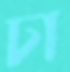
ঢা